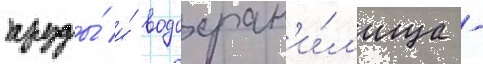
пруды́ и́ водохран'и́л'ища -